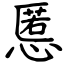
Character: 慝